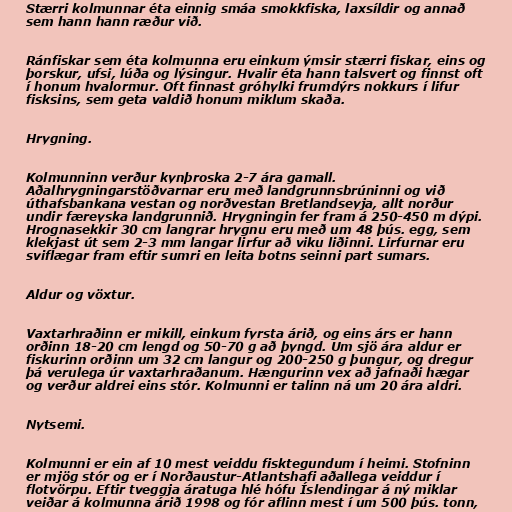
Stærri kolmunnar éta einnig smáa smokkfiska, laxsíldir og annað
sem hann hann ræður við.

Ránfiskar sem éta kolmunna eru einkum ýmsir stærri fiskar, eins og
þorskur, ufsi, lúða og lýsingur. Hvalir éta hann talsvert og finnst oft
í honum hvalormur. Oft finnast gróhylki frumdýrs nokkurs í lifur
fisksins, sem geta valdið honum miklum skaða.

Hrygning.

Kolmunninn verður kynþroska 2-7 ára gamall.
Aðalhrygningarstöðvarnar eru með landgrunnsbrúninni og við
úthafsbankana vestan og norðvestan Bretlandseyja, allt norður
undir færeyska landgrunnið. Hrygningin fer fram á 250-450 m dýpi.
Hrognasekkir 30 cm langrar hrygnu eru með um 48 þús. egg, sem
klekjast út sem 2-3 mm langar lirfur að viku liðinni. Lirfurnar eru
sviflægar fram eftir sumri en leita botns seinni part sumars.

Aldur og vöxtur.

Vaxtarhraðinn er mikill, einkum fyrsta árið, og eins árs er hann
orðinn 18-20 cm lengd og 50-70 g að þyngd. Um sjö ára aldur er
fiskurinn orðinn um 32 cm langur og 200-250 g þungur, og dregur
þá verulega úr vaxtarhraðanum. Hængurinn vex að jafnaði hægar
og verður aldrei eins stór. Kolmunni er talinn ná um 20 ára aldri.

Nytsemi.

Kolmunni er ein af 10 mest veiddu fisktegundum í heimi. Stofninn
er mjög stór og er í Norðaustur-Atlantshafi aðallega veiddur í
flotvörpu. Eftir tveggja áratuga hlé hófu Íslendingar á ný miklar
veiðar á kolmunna árið 1998 og fór aflinn mest í um 500 þús. tonn,